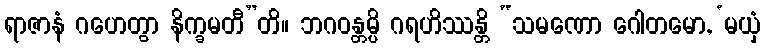
ရာဇာနံ ဂဟေတွာ နိက္ခမတီ”တိ။ ဘဂဝန္တမ္ပိ ဂရဟိဿန္တိ “သမဏော ဂေါတမော, ‘မယှံ